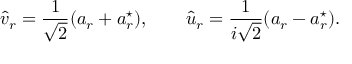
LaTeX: \widehat v _ { r } = \frac { 1 } { \sqrt 2 } ( a _ { r } + a _ { r } ^ { \star } ) , \qquad \widehat u _ { r } = \frac { 1 } { i \sqrt 2 } ( a _ { r } - a _ { r } ^ { \star } ) .